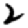
Digit: 2